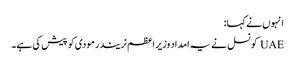
انہوں نے کہا:
UAE کونسل نے یہ امداد وزیر اعظم نریندر مودی کو پیش کی ہے۔